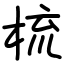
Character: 梳